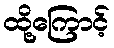
ထို့ကြောင့်